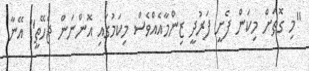
"މި ގޮތަށް މިކަން ފެށީ ފަރުދީ ޒިންމާއެއްވެސް މިކަމުގައި އޮންނަން ޖެހޭތީ" އޭނާ